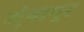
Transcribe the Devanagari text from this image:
मुंबापूर